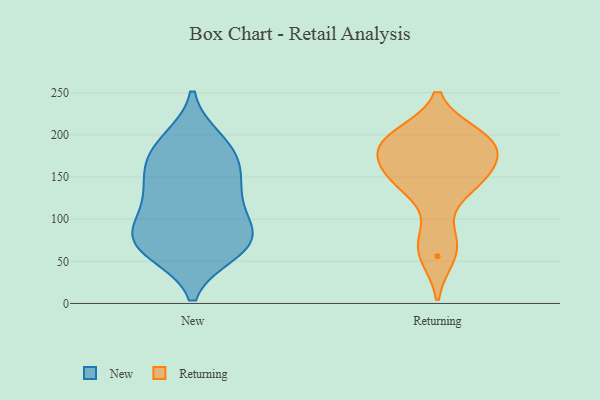
{"axis": {"x": "Customer Acquisition Cost (USD)", "y": "Value"}, "legend": ["New", "Returning"], "data": [{"x": "", "y": 135, "type": "New"}, {"x": "", "y": 73, "type": "New"}, {"x": "", "y": 193, "type": "New"}, {"x": "", "y": 71, "type": "New"}, {"x": "", "y": 84, "type": "New"}, {"x": "", "y": 176, "type": "New"}, {"x": "", "y": 168, "type": "New"}, {"x": "", "y": 188, "type": "New"}, {"x": "", "y": 148, "type": "New"}, {"x": "", "y": 139, "type": "New"}, {"x": "", "y": 68, "type": "New"}, {"x": "", "y": 72, "type": "New"}, {"x": "", "y": 110, "type": "New"}, {"x": "", "y": 62, "type": "New"}, {"x": "", "y": 103, "type": "New"}, {"x": "", "y": 199, "type": "Returning"}, {"x": "", "y": 150, "type": "Returning"}, {"x": "", "y": 56, "type": "Returning"}, {"x": "", "y": 77, "type": "Returning"}, {"x": "", "y": 191, "type": "Returning"}, {"x": "", "y": 188, "type": "Returning"}, {"x": "", "y": 148, "type": "Returning"}, {"x": "", "y": 191, "type": "Returning"}, {"x": "", "y": 170, "type": "Returning"}, {"x": "", "y": 139, "type": "Returning"}]}